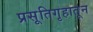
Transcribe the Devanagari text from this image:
प्रसूतिगृहातून